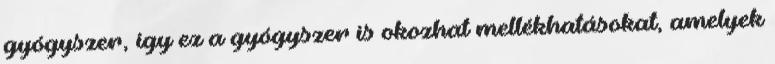
gyógyszer, így ez a gyógyszer is okozhat mellékhatásokat, amelyek